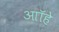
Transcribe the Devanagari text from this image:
आॉहे